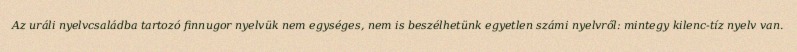
Az uráli nyelvcsaládba tartozó finnugor nyelvük nem egységes, nem is beszélhetünk egyetlen számi nyelvről: mintegy kilenc-tíz nyelv van.